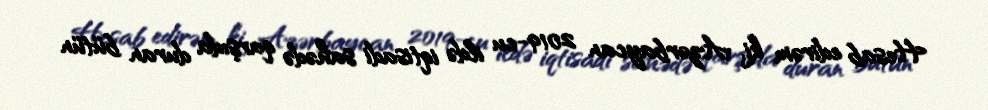
Hesab edirəm ki, Azərbaycan 2019-cu ildə iqtisadi sahədə qarşıda duran bütün